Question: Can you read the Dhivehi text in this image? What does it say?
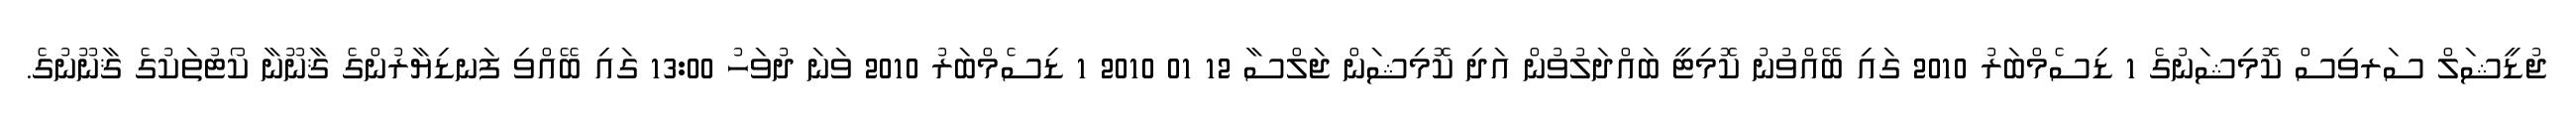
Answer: ޖުޑީޝަލް ސަރވިސް ކޮމިޝަނުގެ 1 ޑިސެމްބަރު 2010 ގައި ބޭއްވުނު ކޮމިޓީ ބައްދަލުވުން އަދި ކޮމިޝަން ޖަލްސާ 12 01 2010 1 ޑިސެމްބަރު 2010 ވަނަ ދުވަހު 13:00 ގައި ބޭއްވި ފަނޑިޔާރުންގެ ޤާނޫނާ ކޯޓުތަކުގެ ޤާނޫނުގެ.